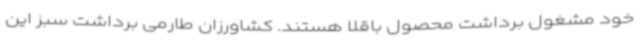
خود مشغول برداشت محصول باقلا هستند. کشاورزان طارمی برداشت سبز این